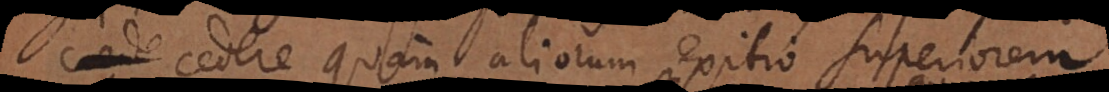
cedere quam aliorum exitio superiorem